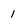
Character: 1